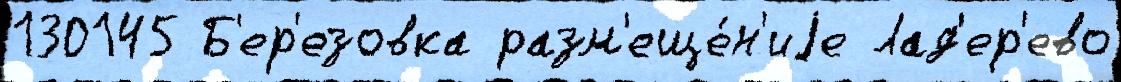
130145 Б'ер'езовка разм'еще́н'иjе Лад'ер'ево